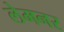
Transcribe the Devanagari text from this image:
लेमनर